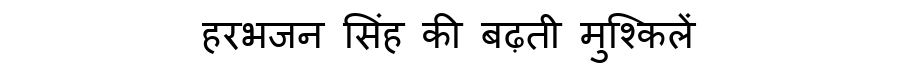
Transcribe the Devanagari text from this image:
हरभजन सिंह की बढ़ती मुश्किलें